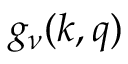
g _ { \nu } ( \boldsymbol { k } , \boldsymbol { q } )